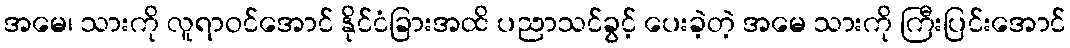
အမေ၊ သားကို လူရာဝင်အောင် နိုင်ငံခြားအထိ ပညာသင်ခွင့် ပေးခဲ့တဲ့ အမေ သားကို ကြီးပြင်းအောင်